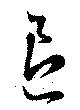
退